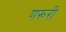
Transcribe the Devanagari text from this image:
णरूरी